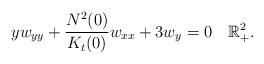
LaTeX: \begin{align*}yw_{yy}+\frac {N^2(0)}{K_t(0)}w_{xx}+3w_y=0 \quad\mathbb R^2_+.\end{align*}